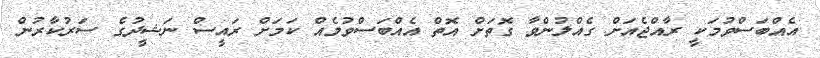
އެއްބަސްވުމަކީ ރާއްޖެއަށް ގެއްލުންވާ ގޮތަށް އޮތް އެއްބަސްވުމެއް ކަމަށް ރައީސް ނަޝީދުގެ ސަރުކާރުން